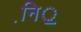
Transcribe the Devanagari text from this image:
नि़़॒